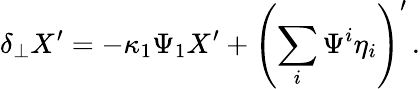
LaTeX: \delta_{\perp}X^{\prime}=-\kappa_{1}\Psi_{1}X^{\prime}+\left(\sum_{i}\Psi^{i}\eta_{i}\right)^{\prime}\, .